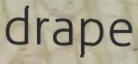
drape